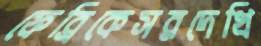
ফেব্রিকেসরদেখি